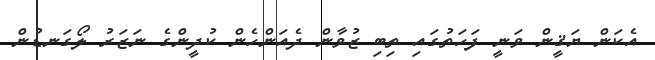
އެކަން ޔަޤީން ވަނީ ފަހަތުގައި ތިބި ޒުވާން ދެއަންހެން ކުދީންގެ ނަޒަރު ލޯގަނޑުން